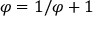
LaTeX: \varphi = 1 / \varphi + 1